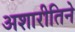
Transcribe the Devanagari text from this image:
अशारीतिने